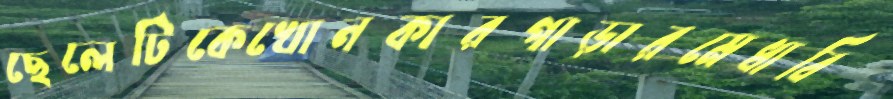
ছেলেটিকেখোনকারপাড়ারমেধাবি